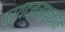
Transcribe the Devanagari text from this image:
पर्यटनस्थळात